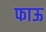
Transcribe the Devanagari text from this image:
फाऊ